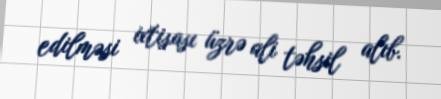
edilməsi ixtisası üzrə ali təhsil alıb.